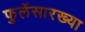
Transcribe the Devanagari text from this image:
फुलेंसारख्या